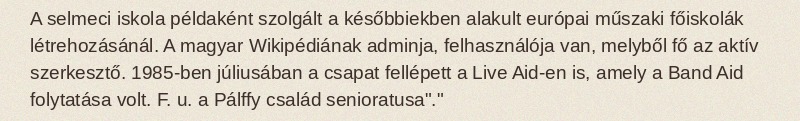
A selmeci iskola példaként szolgált a későbbiekben alakult európai műszaki főiskolák létrehozásánál. A magyar Wikipédiának adminja, felhasználója van, melyből fő az aktív szerkesztő. 1985-ben júliusában a csapat fellépett a Live Aid-en is, amely a Band Aid folytatása volt. F. u. a Pálffy család senioratusa"."